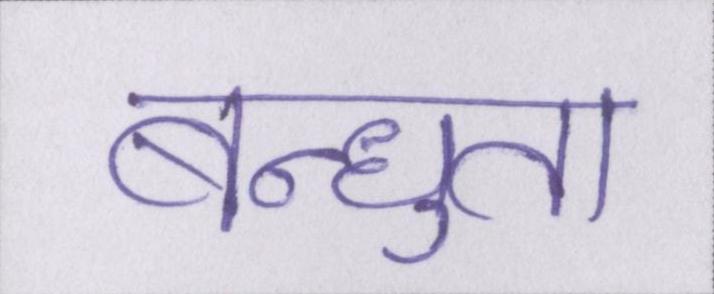
बन्धुता